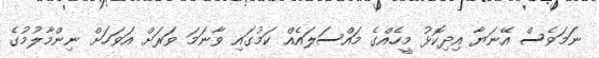
ނަމަވެސް އޭނަޔާ އިދިކޮޅު މީހެއްގެ މައްސަލައެއް ކަމުގައި ވާނަމަ ވަރަށް އަވަހަށް ނިންމާލުމުގެ